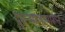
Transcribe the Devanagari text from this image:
दुसऱ्यालामारून